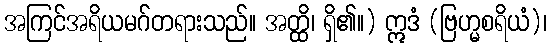
အကြင်အရိယမဂ်တရားသည်။ အတ္ထိ၊ ရှိ၏။) ဣဒံ (ဗြဟ္မစရိယံ)၊